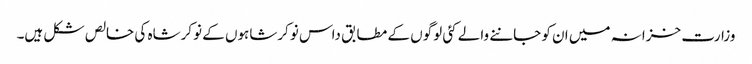
وزارت خزانہ میں ان کو جاننے والے کئی لوگوں کے مطابق داس نوکرشاہوں کے نوکرشاہ کی خالص شکل ہیں۔